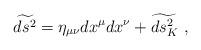
LaTeX: \begin{align*}\widetilde{ds^2} = \eta_{\mu\nu} dx^\mu dx^\nu + \widetilde{ds_K^2}\ ,\end{align*}